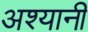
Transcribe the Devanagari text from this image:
अश्यानी